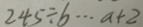
2 4 5 \div b \cdots a + 2